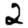
Digit: 2